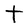
Character: t